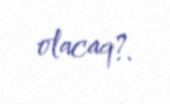
olacaq?.